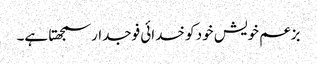
بزعم خویش خود کو خدائی فوجدار سمجھتا ہے۔